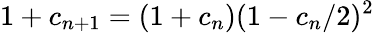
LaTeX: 1+c_{n+1}=(1+c_{n})(1-c_{n}/2)^{2}\,